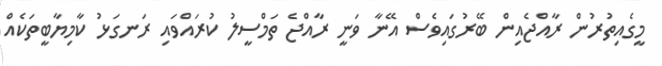
މީގެއިތުރުން ރާއްޖެއިން ބޭރުގައިވެސް އޭނާ ވަނީ ރާއްޖެ ތަމްސީލު ކުރައްވައި ރަނގަޅު ކާމިޔާބީތަކެއް